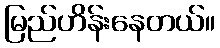
မြည်ဟိန်းနေတယ်။